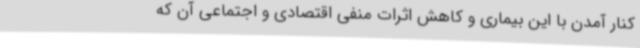
کنار آمدن با این بیماری و کاهش اثرات منفی اقتصادی و اجتماعی آن که